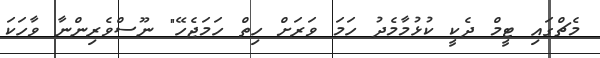
މެޗްގައި ޓީމް ދެކީ ކުޅުމާމެދު ހަމަ ވަރަށް ހިތް ހަމަޖެހޭ" ނޫސްވެރިންނާ ވާހަކަ